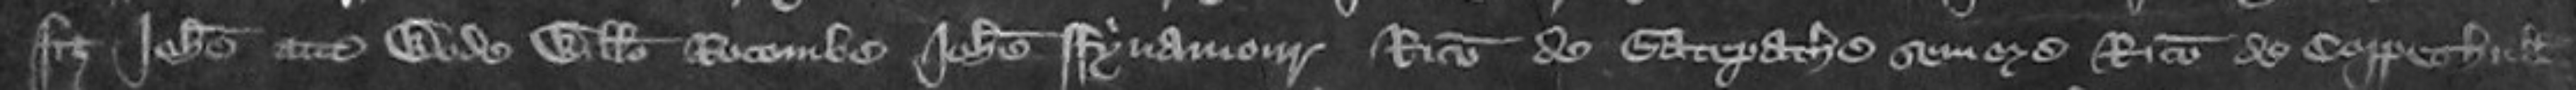
fitz Johanne atte Wode Willelmo Rocomb Johanne Fynamori Ricardo de Gatepathe synore Ricardo de Coppeshull